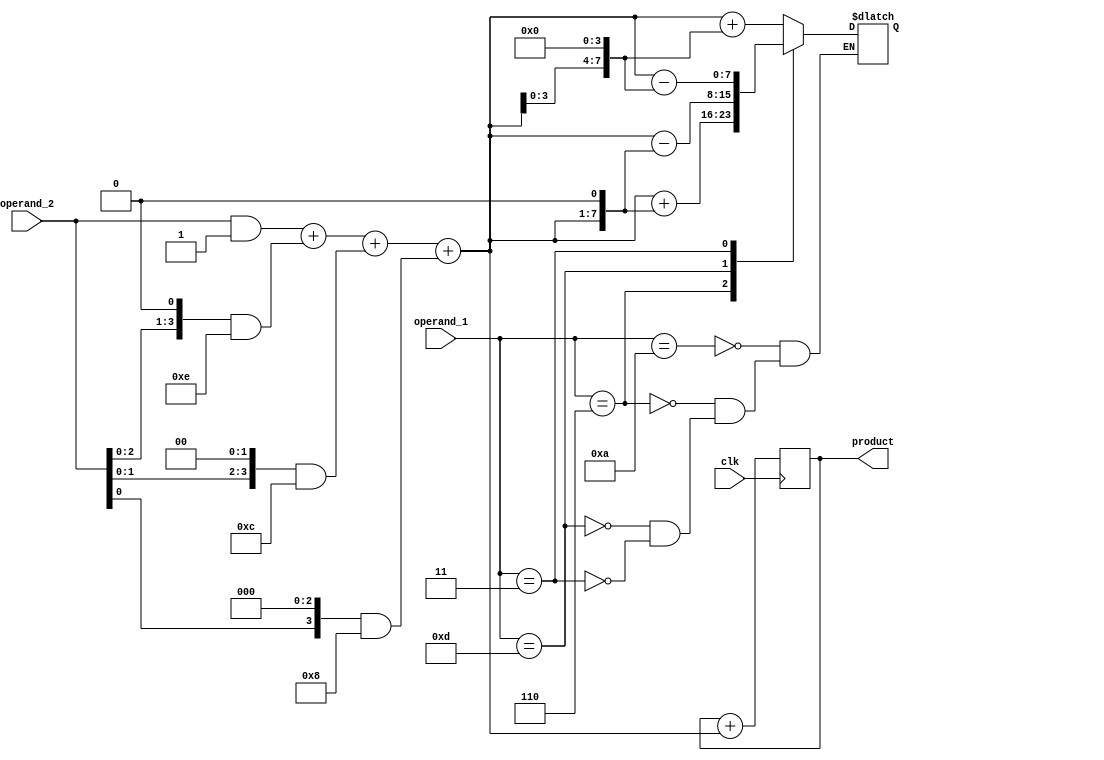
module booth_multiplier(
  input wire clk,
  input wire [3:0] operand_1,
  input wire [3:0] operand_2,
  output reg [7:0] product
);

reg [3:0] pp_0, pp_1, pp_2, pp_3;
reg [7:0] pp_sum;

// Partial Product Generator
always @*
begin
  pp_0 = operand_2 & 4'b0001;
  pp_1 = (operand_2 << 1) & 4'b1110;
  pp_2 = (operand_2 << 2) & 4'b1100;
  pp_3 = (operand_2 << 3) & 4'b1000;
end

// Partial Product Adder
always @*
begin
  pp_sum = pp_0 + pp_1 + pp_2 + pp_3;
end

// Booth Encoder
always @*
begin
  case(operand_1)
    4'b1010: pp_sum = pp_sum + (pp_sum << 4);
    4'b0110: pp_sum = pp_sum + (pp_sum << 1);
    4'b1101: pp_sum = pp_sum - (pp_sum << 1);
    4'b0011: pp_sum = pp_sum - (pp_sum << 4);
  endcase
end

// Final Accumulator
always @(posedge clk)
begin
  product <= product + pp_sum;
end

endmodule